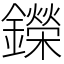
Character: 鑅